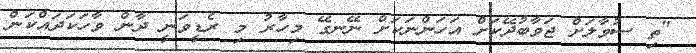
"ތި ސުވާލަށް ޖަވާބުދޭކަށް އަހަންނަކަށް ނޭނގޭ މިހާރު މި ރެޑީވަނީ ދާން ވާހަކަދައްކަން